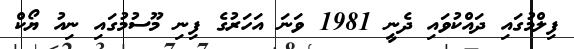
ފިލްމުގައި ދައްކުވައި ދެނީ 1981 ވަނަ އަހަރުގެ ފިނި މޫސުމުގައި ނިއު ޔޯކް